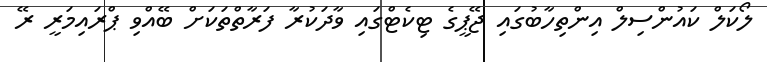
ލޯކަލް ކައުންސިލް އިންތިހާބުގައި ޖޭޕީގެ ޓިކެޓްގައި ވާދަކުރާ ފަރާތްތަކަށް ބޭއްވި ޕްރައިމަރީ ރޭ